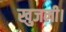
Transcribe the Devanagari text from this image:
खुजली।